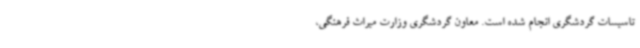
تاسیسات گردشگری انجام شده است. معاون گردشگری وزارت میراث فرهنگی،